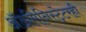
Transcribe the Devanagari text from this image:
अॅडमिनिस्ट्रेटरही